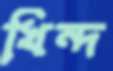
খিন্দ